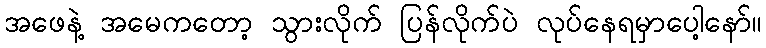
အဖေနဲ့ အမေကတော့ သွားလိုက် ပြန်လိုက်ပဲ လုပ်နေရမှာပေါ့နော်။